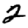
Digit: 2